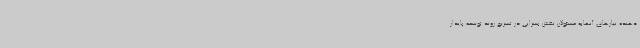
دهنده نیازهای آنهابه مسئولان نقش بسزایی در تسریع روند توسعه پایدار